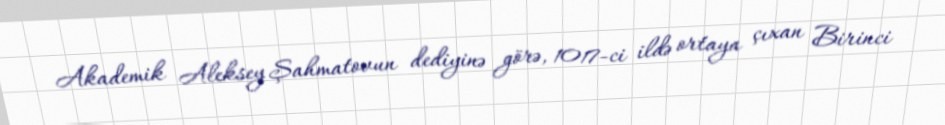
Akademik Aleksey Şahmatovun dediyinə görə, 1017-ci ildə ortaya çıxan Birinci